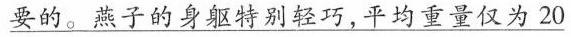
要的。燕子的身躯特别轻巧，平均重量仅为20